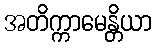
အတိက္ကာမေန္တိယာ